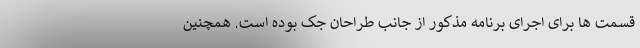
قسمت ها برای اجرای برنامه مذکور از جانب طراحان جک بوده است. همچنین